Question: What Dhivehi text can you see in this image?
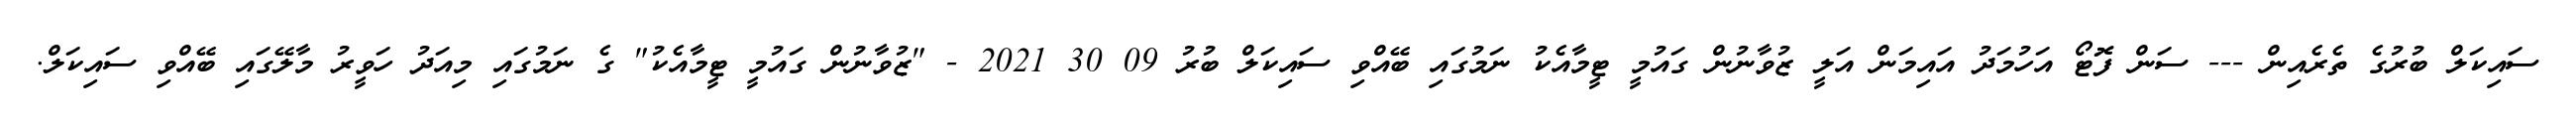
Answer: ސައިކަލް ބުރުގެ ތެރެއިން --- ސަން ފޮޓޯ އަހުމަދު އައިމަން އަލީ ޒުވާނުން ގައުމީ ޓީމާއެކު ނަމުގައި ބޭއްވި ސައިކަލް ބުރު 09 30 2021 - "ޒުވާނުން ގައުމީ ޓީމާއެކު" ގެ ނަމުގައި މިއަދު ހަވީރު މާލޭގައި ބޭއްވި ސައިކަލް.